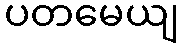
ပတမေယျ